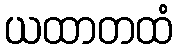
ယထာတထံ